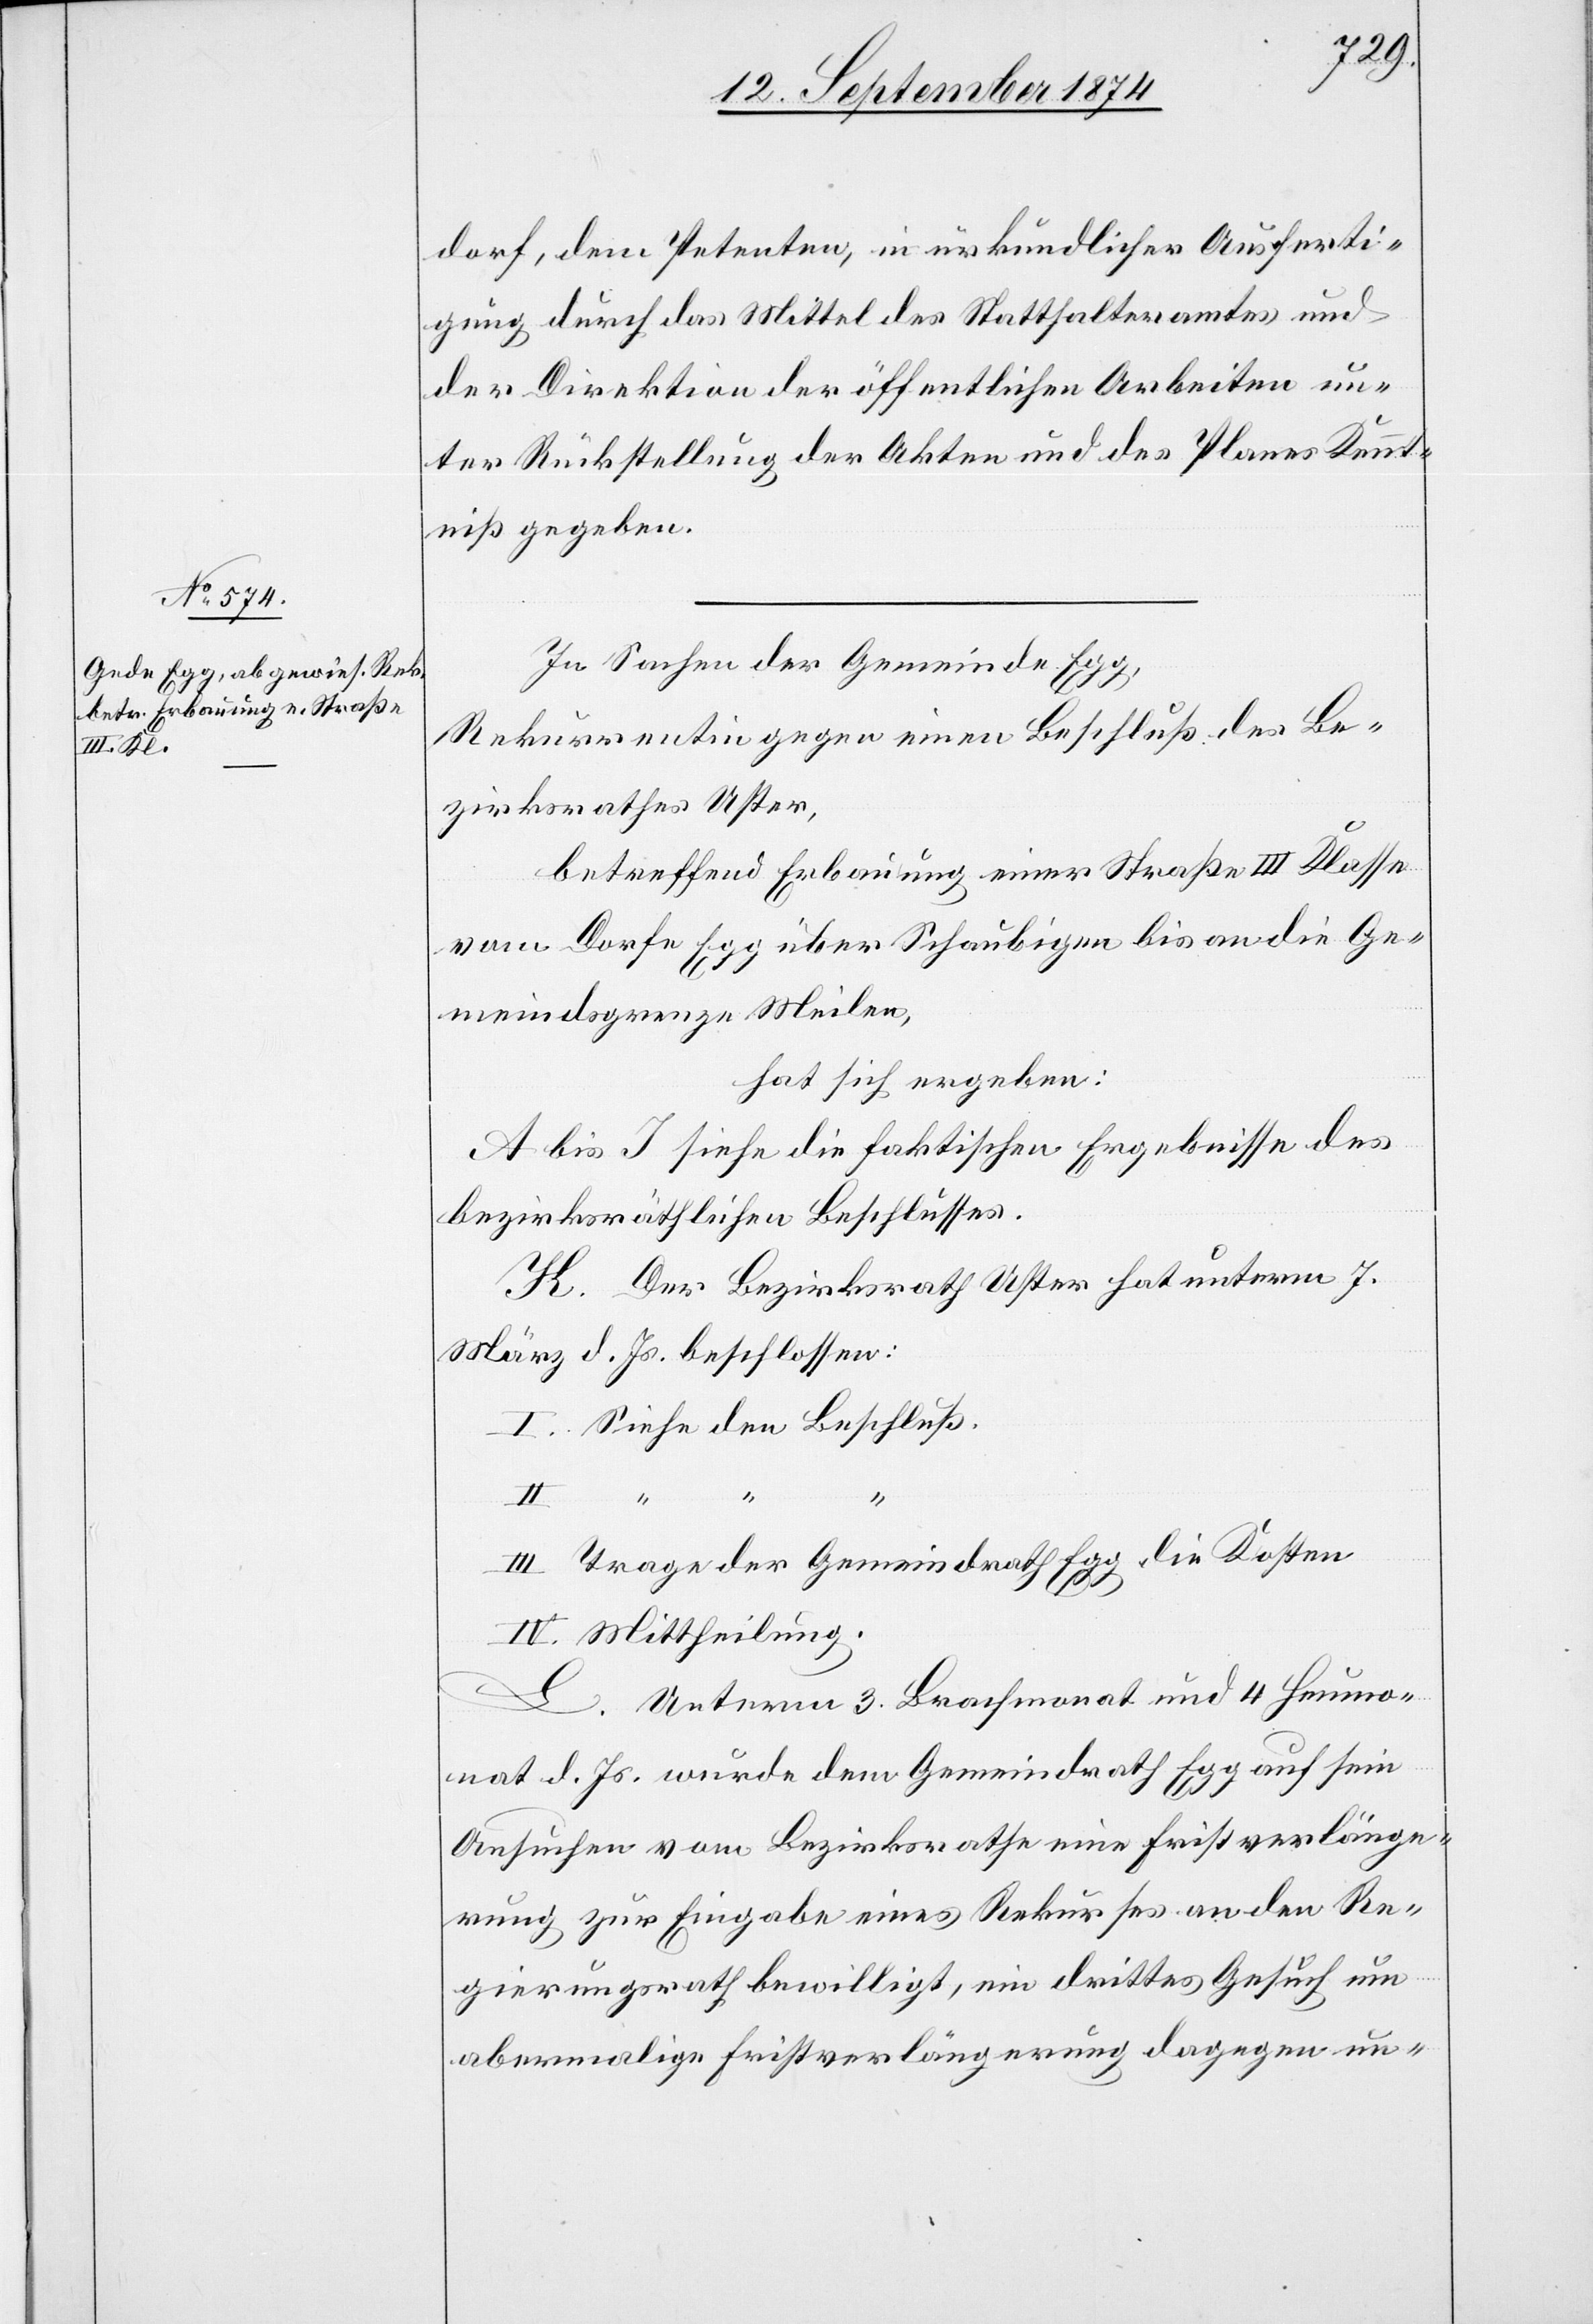
dorf, dem Petenten, in urkundlicher Ausferti¬
gung durch das Mittel des Statthalteramtes und
der Direktion der öffentlichen Arbeiten un¬
ter Rückstellung der Akten und des Planes Kennt¬
niß geben.
In Sachen der Gemeinde
Egg,
Rekurrentin gegen einen Beschluß des Be¬
zirksrathes Uster,
betreffend Erbauung einer Straße III. Klasse
vom Dorfe Egg über Schaubigen bis an die Ge¬
meindsgrenze Meilen,
hat sich ergeben:
A. bis I. siehe die faktischen Ergebnisse des
bezirksräthlichen Beschlusses.
K. Der Bezirksrath Uster hat unterm 7.
März d. Js. beschlossen:
I. Siehe den Beschluß.
II.
III. Trage der Gemeindrath Egg die Kosten.
IV. Mittheilung.
L. Unterm 3. Brachmonat und 4 Heumo¬
nat d. Js. wurde dem Gemeindrath Egg auf sein
Ansuchen vom Bezirksrathe eine Fristverlänge¬
rung zur Eingabe eines Rekurses an den Re¬
gierungsrath bewilligt, ein drittes Gesuch um
abermalige Fristverlängerung dagegen un-